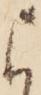
よ